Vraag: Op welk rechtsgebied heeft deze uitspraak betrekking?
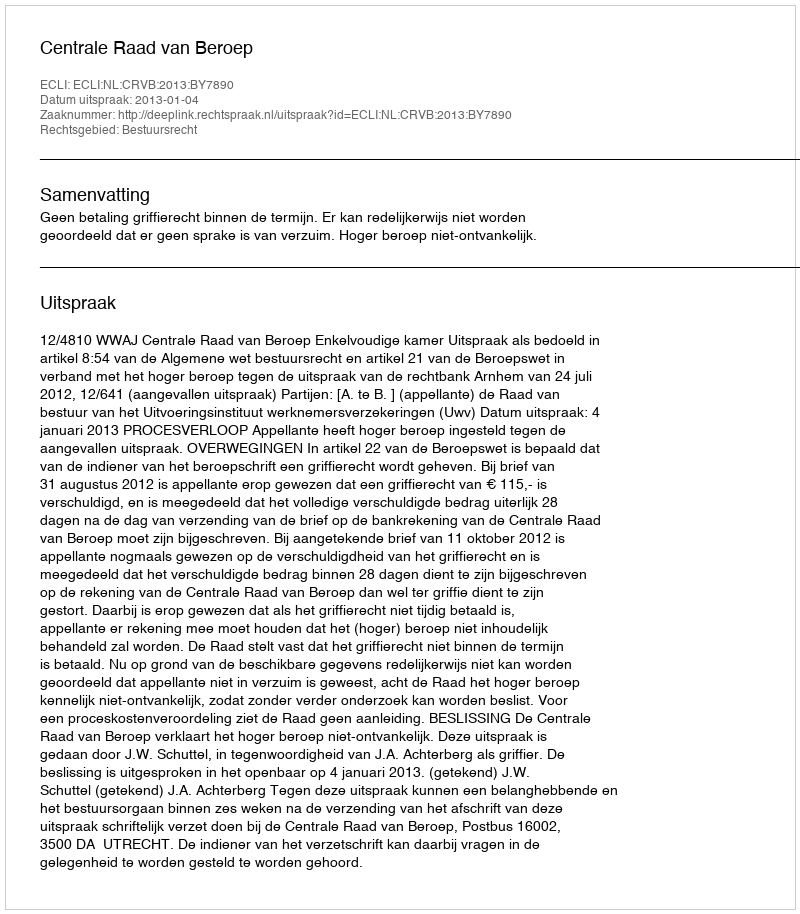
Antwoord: Bestuursrecht